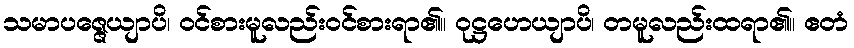
သမာပဇ္ဇေယျာပိ၊ ဝင်စားမူလည်းဝင်စားရာ၏။ ဝုဋ္ဌဟေယျာပိ၊ တမူလည်းထရာ၏။ ဧတံ